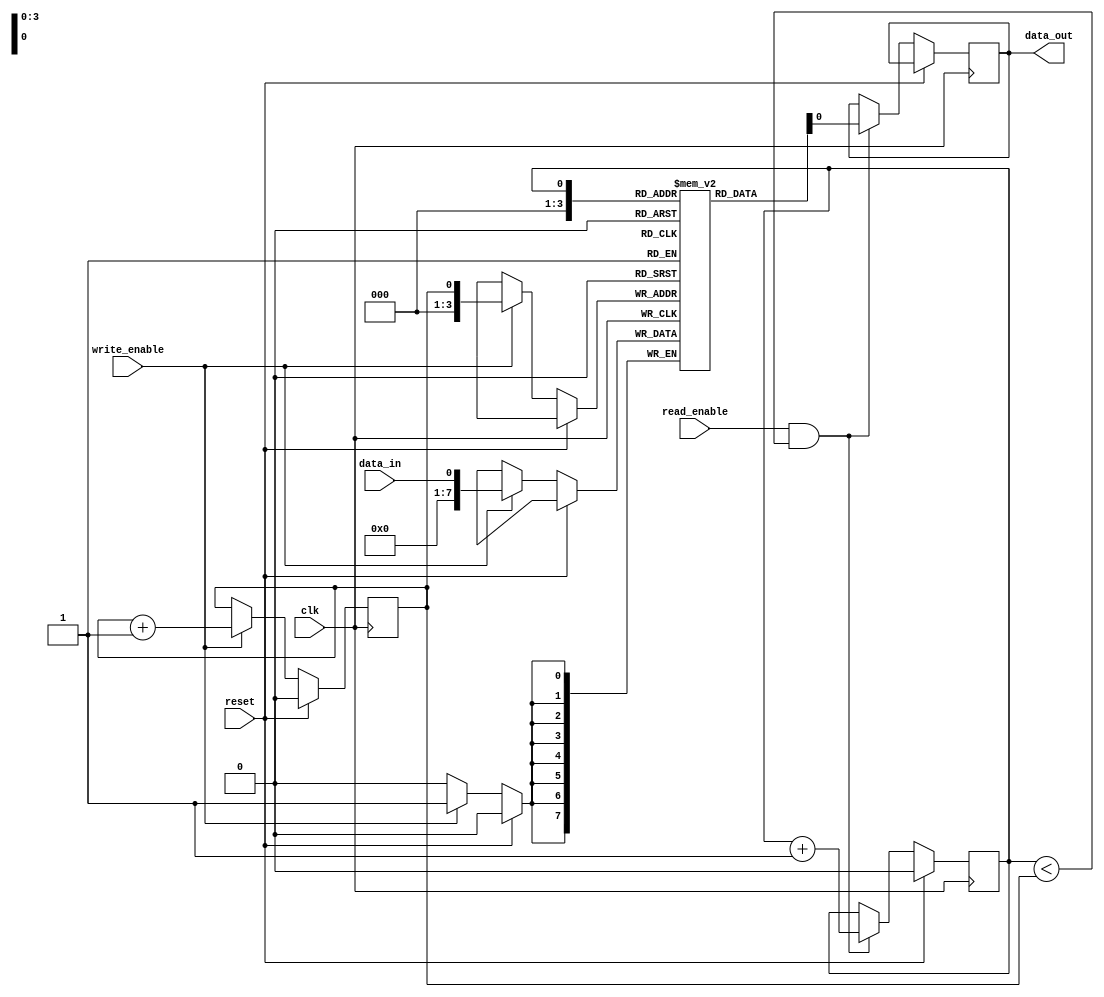
module fifo_buffer (
  input wire clk,
  input wire reset,
  input wire write_enable,
  input wire read_enable,
  input wire data_in,
  output reg data_out
);

reg [7:0] buffer [0:15]; // FIFO buffer with size of 16 data items
reg read_ptr = 0; // read pointer
reg write_ptr = 0; // write pointer

always @(posedge clk) begin
  if (reset) begin
    read_ptr <= 0;
    write_ptr <= 0;
  end else begin
    if (write_enable) begin
      buffer[write_ptr] <= data_in;
      write_ptr <= write_ptr + 1;
    end

    if (read_enable && (read_ptr < write_ptr)) begin
      data_out <= buffer[read_ptr];
      read_ptr <= read_ptr + 1;
    end
  end
end

endmodule